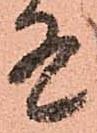
有